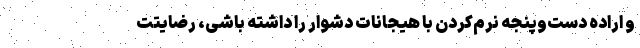
و اراده دست‌وپنجه نرم‌کردن با هیجانات دشوار را داشته باشی، رضایتت